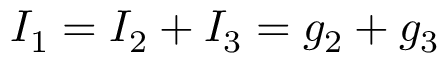
I _ { 1 } = I _ { 2 } + I _ { 3 } = g _ { 2 } + g _ { 3 }